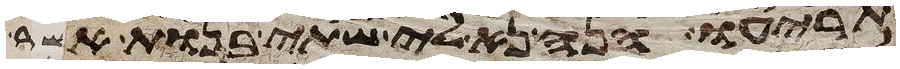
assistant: תריעו הנה נא לי שתי בנות אשר